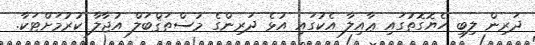
ދަރިން ލިބި ހެޔޮގޮތުގައި ޢާއިލާ އެކުގައި އުޅެ ދަރިންގެ މުސްތަޤްބަލް އުޖާލާ ކުރުމަށްޓަކާ.